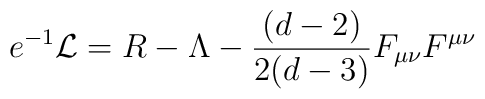
e^{-1}\mathcal{L}=R-\Lambda -\frac{(d-2)}{2(d-3)}F_{\mu \nu }F^{\mu \nu }